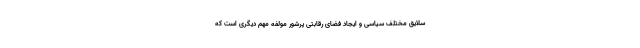
سلایق مختلف سیاسی و ایجاد فضای رقابتی پرشور مولفه مهم دیگری است که